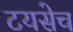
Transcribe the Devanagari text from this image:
टयसेच